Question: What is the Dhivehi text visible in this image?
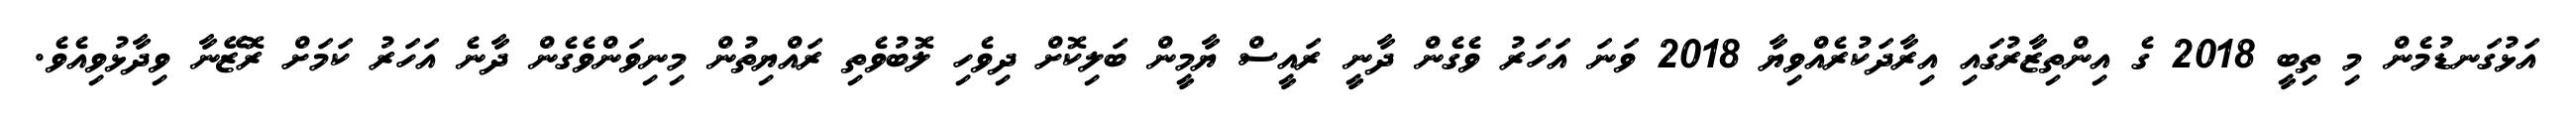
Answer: އަޅުގަނޑުމެން މި ތިބީ 2018 ގެ އިންތިޒާރުގައި އިރާދަކުރެއްވިޔާ 2018 ވަނަ އަހަރު ވެގެން ދާނީ ރައީސް ޔާމީން ބަލިކޮށް ދިވެހި ލޮބުވެތި ރައްޔިތުން މިނިވަންވެގެން ދާނެ އަހަރު ކަމަށް ރޮޒޭނާ ވިދާޅުވިއެވެ.